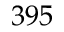
3 9 5